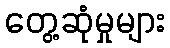
တွေ့ဆုံမှုများ